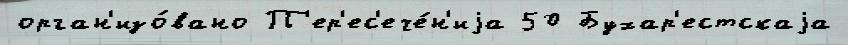
орган'изо́вано П'ер'ес'ече́н'иjа 50 Бухар'естскаjа